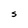
Character: S